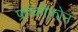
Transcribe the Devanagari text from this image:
फ्रांकोफ़ोन